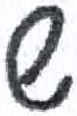
אות: ש